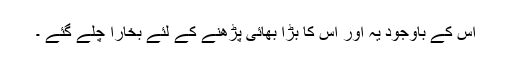
اس کے باوجود یہ اور اس کا بڑا بھائی پڑھنے کے لئے بخارا چلے گئے ۔